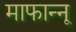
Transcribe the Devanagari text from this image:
माफान्नू